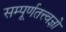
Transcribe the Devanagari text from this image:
सम्पूर्णतत्त्वज्ञो